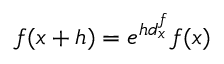
f ( x + h ) = e ^ { h d _ { x } ^ { f } } f ( x )